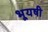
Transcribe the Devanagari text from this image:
भूयषी